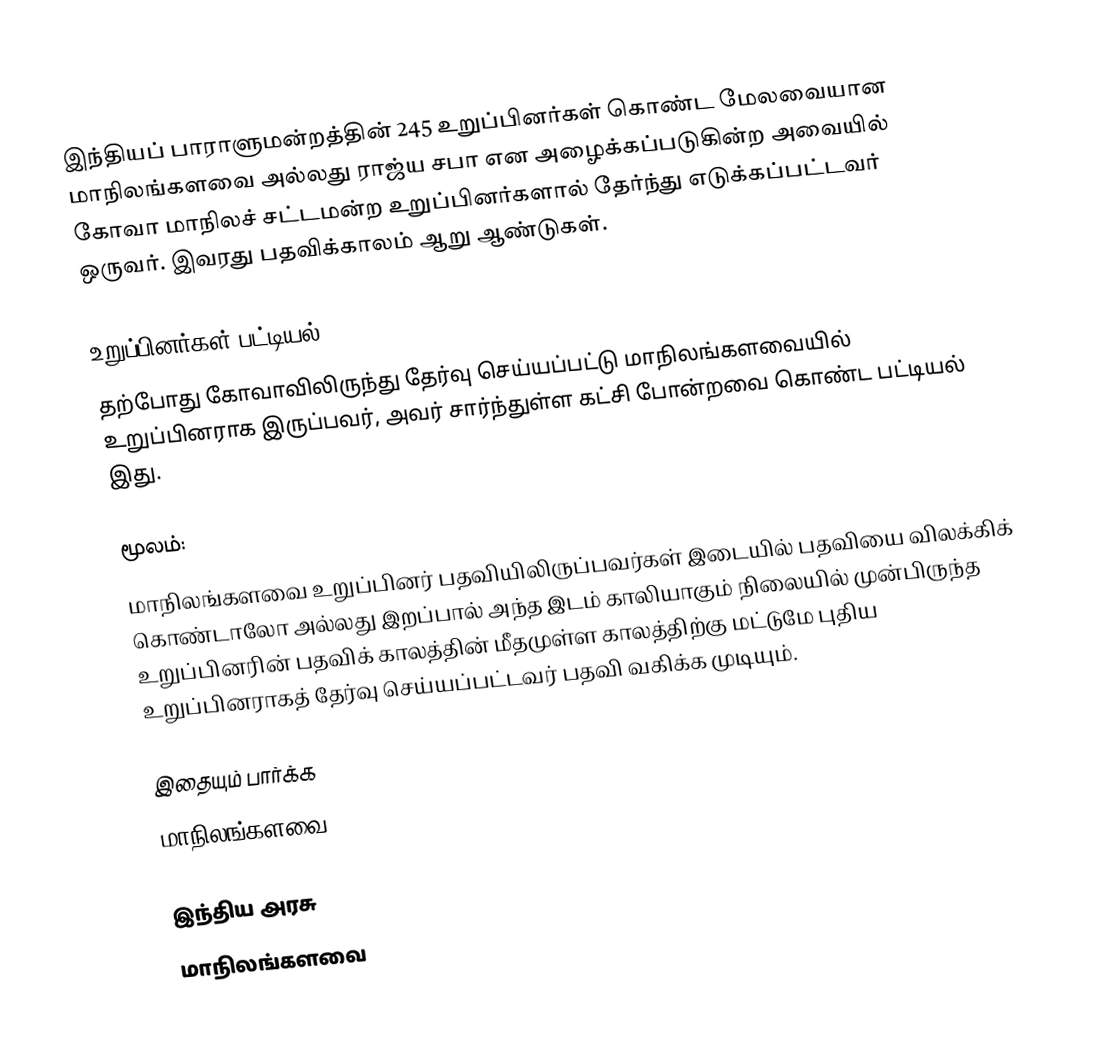
இந்தியப் பாராளுமன்றத்தின் 245 உறுப்பினர்கள் கொண்ட மேலவையான மாநிலங்களவை அல்லது ராஜ்ய சபா  என அழைக்கப்படுகின்ற அவையில் கோவா மாநிலச் சட்டமன்ற உறுப்பினர்களால் தேர்ந்து எடுக்கப்பட்டவர் ஒருவர். இவரது பதவிக்காலம் ஆறு ஆண்டுகள்.

உறுப்பினர்கள் பட்டியல்
தற்போது கோவாவிலிருந்து தேர்வு செய்யப்பட்டு மாநிலங்களவையில் உறுப்பினராக இருப்பவர், அவர் சார்ந்துள்ள கட்சி போன்றவை கொண்ட பட்டியல் இது.

 மூலம்:
 மாநிலங்களவை உறுப்பினர் பதவியிலிருப்பவர்கள் இடையில் பதவியை விலக்கிக் கொண்டாலோ அல்லது இறப்பால் அந்த இடம் காலியாகும் நிலையில் முன்பிருந்த உறுப்பினரின் பதவிக் காலத்தின் மீதமுள்ள காலத்திற்கு மட்டுமே புதிய உறுப்பினராகத் தேர்வு செய்யப்பட்டவர் பதவி வகிக்க முடியும்.

இதையும் பார்க்க
மாநிலங்களவை

இந்திய அரசு
மாநிலங்களவை